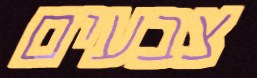
צבעים